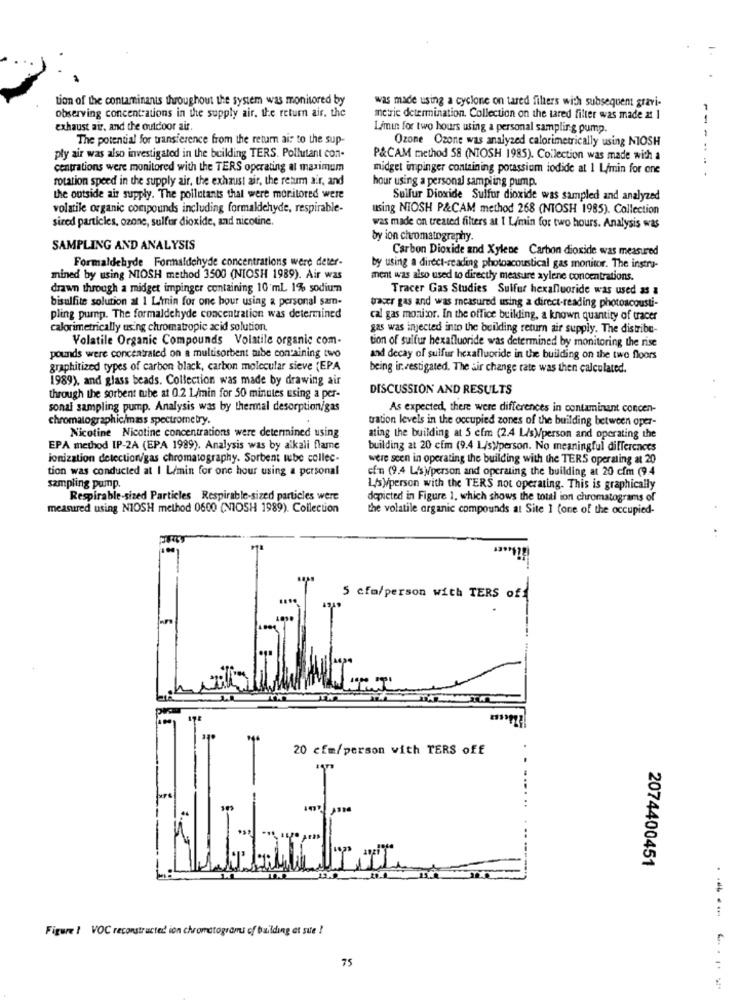
tion of the contaminants throughout the system was monitored by
was made using a cyclone on tared filters with subsequent gravi-
observing concentrations in the supply air, the return air. the
metrie determination. Collection on the tared filter was made at 1
exhaust air, and the outdoor air
Limin for two hours using a personal sampling pump.
The potential for transference from the return air to the sup-
Ozone Ozone was analyzed calorimetrically using MOSH
ply air was also investigated in the building TERS. Pollutant con-
P&CAM method 58 (NIOSH 1985). Collection was made with a
centrations were monitored with the TERS operating al maximum
midget impinger containing potassium iodide at 1 L/min for one
rotation speed in the supply air, the exhaust air, the retum air, and
hour using a personal sampling pump.
the outside air supply. The pollutants that were monitored were
Sulfur Dioxide Sulfur dioxide was sampled and analyzed
volatile organic compounds including formaldehyde, respirable-
using NIOSH P&CAM method 268 (NIOSH 1985). Collection
sized particles, ozone, sulfur dioxide, and nicotine.
was made on treated filters at I Limin for two hours. Analysis was
by ion chromatography.
SAMPLING AND ANALYSIS
Carbon Dioxide and Xylene Carbon dioxide was measured
Formaldehyde Formaldehyde concentrations were deter-
by using a direct-reading photoacoustical gas monitor. The instru-
mined by using NIOSH method 3500 (NIOSH 1989). Air was
ment was also used to directly measure xylene concentrations.
drawn through a midget impinger containing 10 ml 1% sodium
Tracer Gas Studies Sulfur hexafluoride was used as a
bisulfite solution at 1 Limin for one bour using & personal sam-
tracer gas and was measured using a direct-reading photoacousti-
pling pump. The formaldehyde concentration was determined
cal gas monitor. In the office building, a known quantity of tracer
calorimetrically using chromatropic acid solution
gas was injected into the building return air supply. The distribe-
Volatile Organic Compounds Volatile organic com-
tion of sulfur hexafluoride was determined by monitoring the rise
pounds were concentrated on a multisorbent tube containing two
and decay of sulfur hexafluoride in the building on the two floors
graphitized types of carbon black, carbon molecular sieve (EPA
being investigated. The air change rate was then calculated.
1989), and glass beads. Collection was made by drawing air
DISCUSSION AND RESULTS
through the sorbent tube at 0.2 1./min for 50 minutes using a per-
sonal sampling pump. Analysis was by thermal desorption/gas
As expected, there were differences in contaminant concen-
chromatographic/mass spectrometry.
tration levels in the occupied zones of the building between oper-
Nicotine Nicotine concentrations were determined using
ating the building at 5 cfm (2.4 L/s)person and operating the
EPA method IP-2A (EPA 1989). Analysis was by alkali flame
building at 20 cim (9.4 1 /s)person. No meaningful differences
ionization detection/gas chromatography. Sorbent wbe collec-
were seen in operating the building with the TERS operating at 20
tion was conducted at I L/min for one hour using a personal
cfm (9.4 Lisy/person and operating the building at 20 cfm (9.4
sampling pump.
L/syperson with the TERS not operating. This is graphically
Respirable-sized Particles Respirable-sized particles were
depicted in Figure 1. which shows the toutl ion chromatograms of
measured using NIOSH method 0600 (NIOSH 1989). Collection
the volatile organic compounds at Site 1 (one of the occupied-
..
5 cfa/person with TERS off
20 cfm/person with TERS off
2074400451
Figure ! VOC reconstructed ion chromatogrami of building et sue !
75
...----